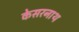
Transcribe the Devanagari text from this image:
केसरनाथ